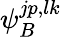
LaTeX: \psi_{B}^{jp,lk}